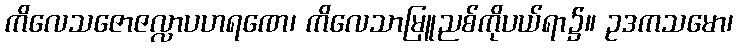
ကိလေသဇောဇလ္လာပဟရဏေ၊ ကိလေသာမြူညစ်ကိုပယ်ရာ၌။ ဥဒကသမော၊